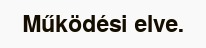
Működési elve.